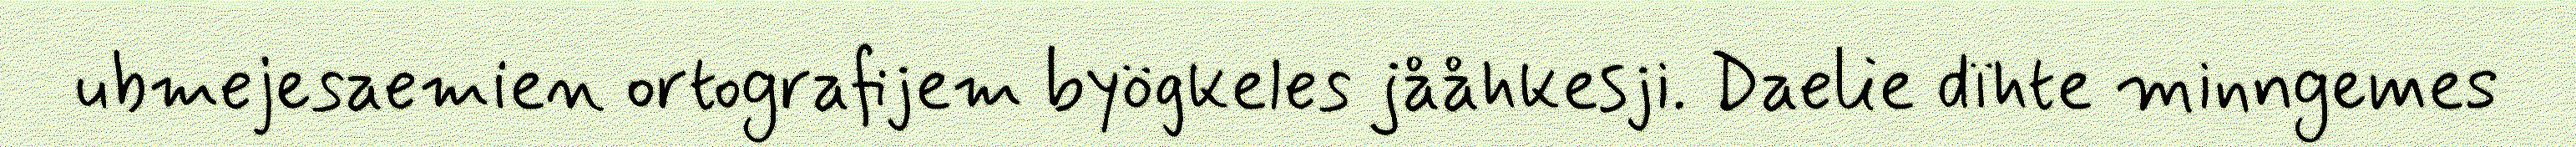
ubmejesaemien ortografijem byögkeles jååhkesji. Daelie dïhte minngemes